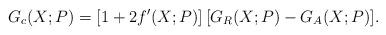
LaTeX: \begin{align*}G_c (X; P) = [1 + 2 f' (X; P)] \, [G_R (X; P) - G_A (X; P) ] . \end{align*}